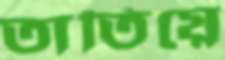
তাতিয়ে